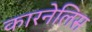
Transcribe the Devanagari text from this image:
कारनेलिस